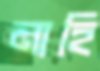
মাহি